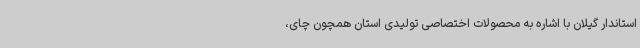
استاندار گیلان با اشاره به محصولات اختصاصی تولیدی استان همچون چای،